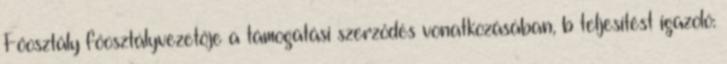
Főosztály főosztályvezetője a támogatási szerződés vonatkozásában, b teljesítést igazoló: